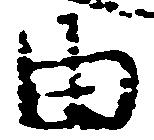
由